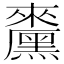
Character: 𪒁